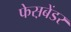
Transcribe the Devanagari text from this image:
फेस़बेंडर